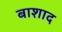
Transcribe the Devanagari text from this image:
बाशाद